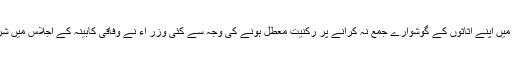
الیکشن کمیشن میں اپنے اثاثوں کے گوشوارے جمع نہ کرانے پر رکنیت معطل ہونے کی وجہ سے کئی وزر اء نے وفاقی کابینہ کے اجلاس میں شرکت نہیں کی۔